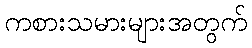
ကစားသမားများအတွက်